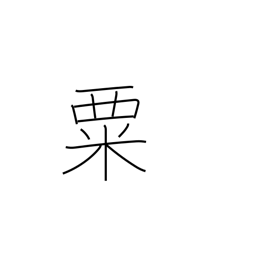
Meaning: millet